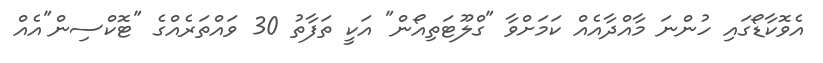
އެވޮކާޑޯގައި ހުންނަ މާއްދާއެއް ކަމަށްވާ "ގްލޫޓަތިއޯން" އަކީ ތަފާތު 30 ވައްތަރެއްގެ "ޓޮކްސިން"އެއް